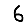
Digit: 6